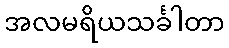
အလမရိယသင်္ခါတာ